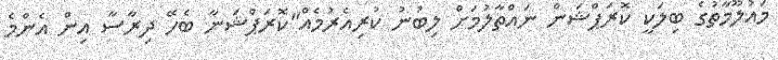
މައުލޫމާތުގެ ބިލަކީ ކޮރަޕްޝަން ނައްތާލުމަށް ލިބުނު ކުރިއެރުމެއް"ކޮރަޕްޝަނާ ބެހޭ ދިރާސާ އިން އެންމެ